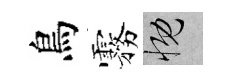
鳥霧慨